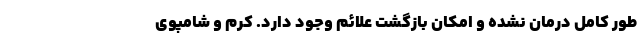
طور کامل درمان نشده و امکان بازگشت علائم وجود دارد. کرم و شامپوی